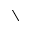
\setminus